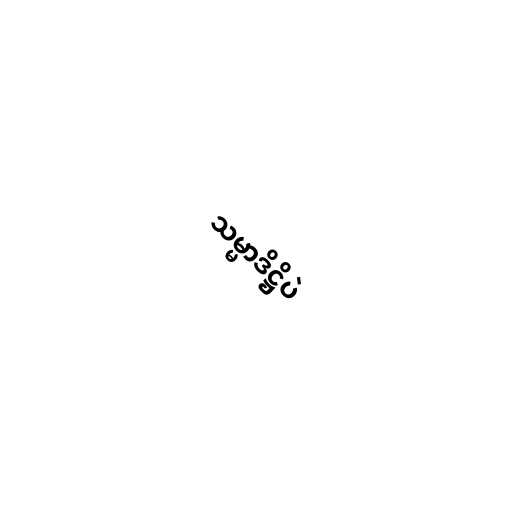
သမ္မာဒိဋ္ဌိပဲ